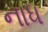
નાધ